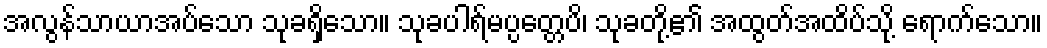
အလွန်သာယာအပ်သော သုခရှိသော။ သုခပါရ်မပ္ပတ္တေပိ၊ သုခတို့၏ အထွတ်အထိပ်သို့ ရောက်သော။